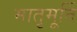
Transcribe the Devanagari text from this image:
मातृमूर्ति